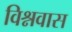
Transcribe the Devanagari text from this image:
विश्नवास